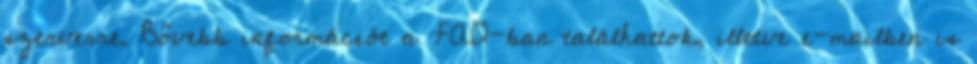
szerverre. Bővebb információt a FAQ-ban találhattok, illetve e-mailben is